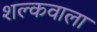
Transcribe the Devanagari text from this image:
शल्कवाला